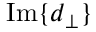
\operatorname { I m } \{ d _ { \perp } \}